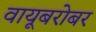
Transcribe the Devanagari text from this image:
वायूबरोबर